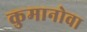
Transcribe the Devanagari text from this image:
कुमानोवा